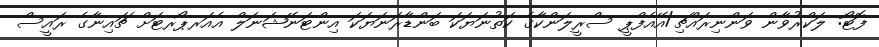
ފޮޓޯ: ލަކްރުވާން ވަންނިރައްޗި/އޭއެފްޕީ ސްރީލަންކާގެ ކަތުނަޔަކަ ބަންޑާރަނަޔަކަ އިންޓަނޭޝަނަލް އެއަރޕޯރޓަށް ޗައިނާގެ ރައީސް